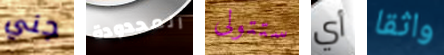
جني المحدودة ستتولى أي واثقا